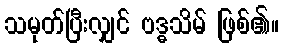
သမုတ်ပြီးလျှင် ဗဒ္ဓသိမ် ဖြစ်၏။